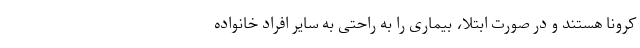
کرونا هستند و در صورت ابتلا، بیماری را به راحتی به سایر افراد خانواده